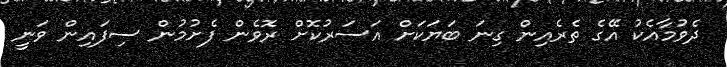
ދެވުމާއެކު އޭގެ ތެރެއިން ގިނަ ބަޔަކަށް އަސަރުކޮށް ރޮވެން ފެށުމުން ސިފައިން ވަނީ